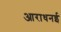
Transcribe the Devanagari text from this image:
आराधनई